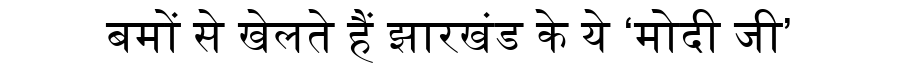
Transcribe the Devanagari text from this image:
बमों से खेलते हैं झारखंड के ये ‘मोदी जी’